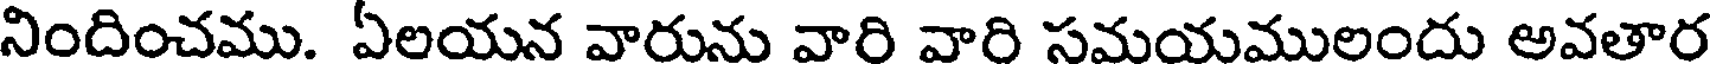
నిందించము. ఏలయన వారును వారి వారి సమయములందు అవతార